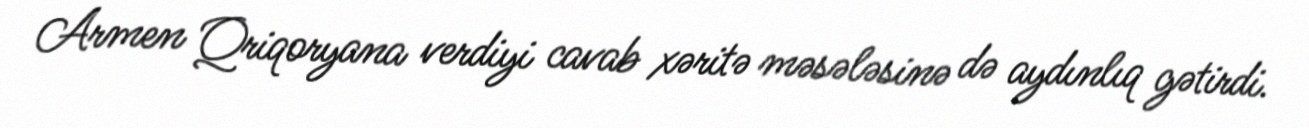
Armen Qriqoryana verdiyi cavab xəritə məsələsinə də aydınlıq gətirdi.